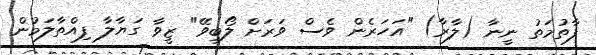
ފާތުމަތު ނީނާ (ލާރާ) "އަހަރެން ވެސް ވަރަށް ލޯބިވޭ" ޒީވާ ގަޔާލާ ފިއްތާލަމުން